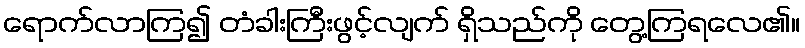
ရောက်လာကြ၍ တံခါးကြီးဖွင့်လျက် ရှိသည်ကို တွေ့ကြရလေ၏။